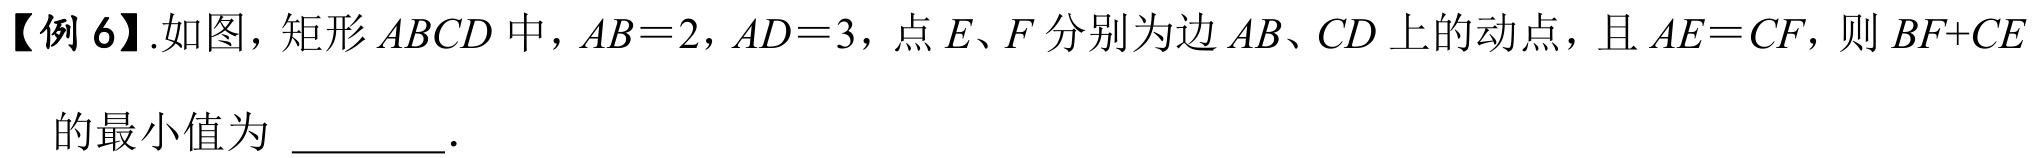
【例 6】.如图，矩形 \(ABCD\) 中，\(AB = 2\)，\(AD = 3\)，点 \(E、F\) 分别为边 \(AB、CD\) 上的动点，且 \(AE = CF\)，则 \(BF + CE\) 的最小值为 \_\_\_\_\_．